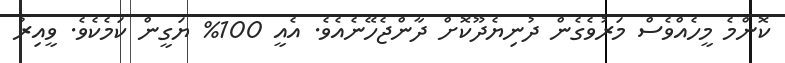
ކޮންމެ މީހެއްވެސް މަރުވެގެން ދުނިޔެދޫކޮށް ދާންޖެހޭނެއެވެ. އެއީ 100% ޔަގީން ކަމެކެވެ. ވީއިރު